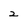
Character: 2